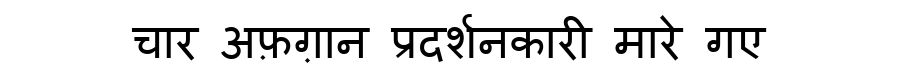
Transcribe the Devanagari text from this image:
चार अफ़ग़ान प्रदर्शनकारी मारे गए